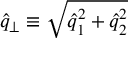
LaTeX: \widehat { q } _ { \perp } \equiv \sqrt { \widehat { q } _ { 1 } ^ { 2 } + \widehat { q } _ { 2 } ^ { 2 } }